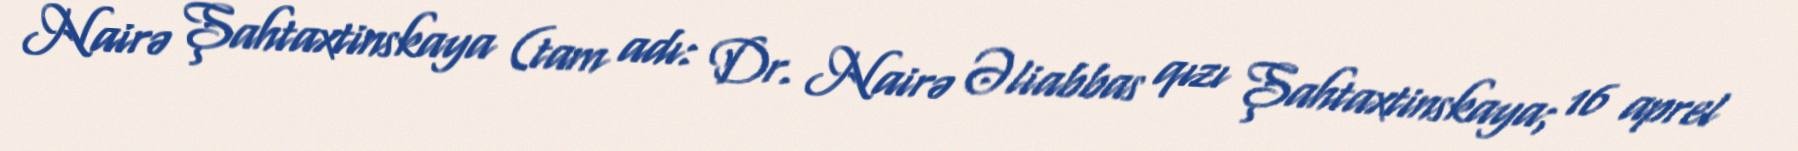
Nairə Şahtaxtinskaya (tam adı: Dr. Nairə Əliabbas qızı Şahtaxtinskaya; 16 aprel